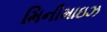
મિનીમાઇઝ